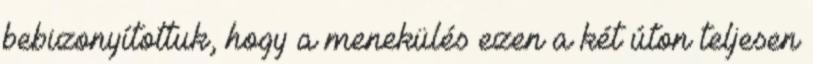
bebizonyítottuk, hogy a menekülés ezen a két úton teljesen